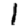
Digit: 1